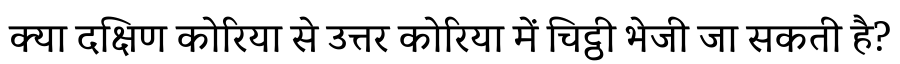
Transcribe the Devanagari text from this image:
क्या दक्षिण कोरिया से उत्तर कोरिया में चिट्ठी भेजी जा सकती है?